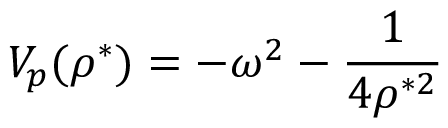
V _ { p } ( \rho ^ { * } ) = - \omega ^ { 2 } - \frac { 1 } { 4 \rho ^ { * 2 } }